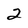
Character: 2